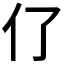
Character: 𠆨